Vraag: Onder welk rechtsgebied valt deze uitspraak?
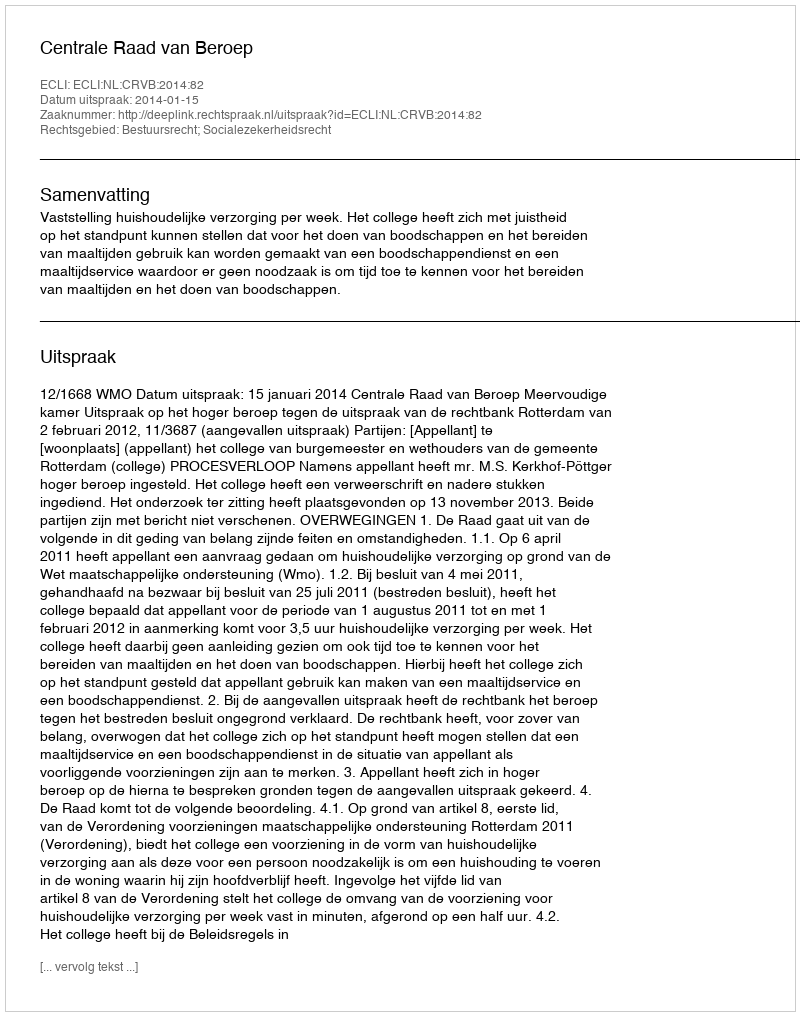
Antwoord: Bestuursrecht; Socialezekerheidsrecht